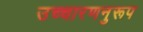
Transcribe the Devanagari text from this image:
उच्चारणनुरूप